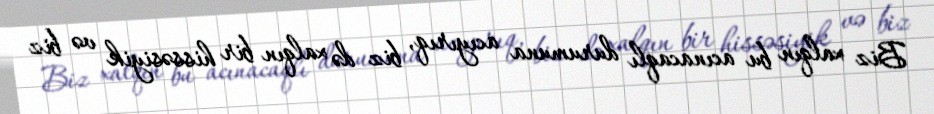
Biz xalqın bu acınacaqlı durumuna acıyırıq, biz də xalqın bir hissəsiyik və biz